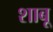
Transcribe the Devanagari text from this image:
शाबू